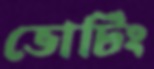
ভোটিং